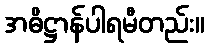
အဓိဋ္ဌာန်ပါရမီတည်း။